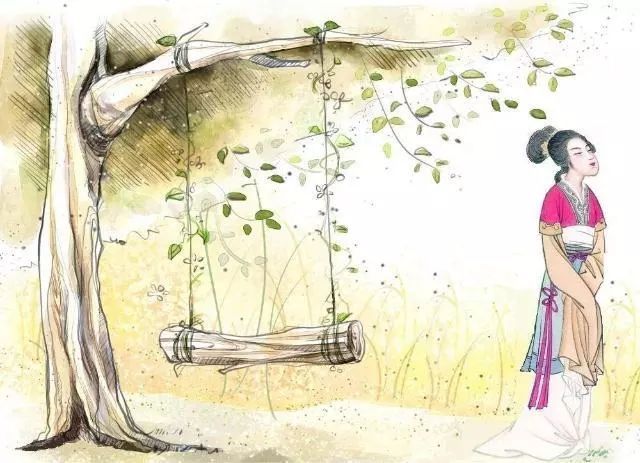
枝上柳绵吹又少。天涯何处无芳草。